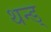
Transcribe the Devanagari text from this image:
थन्ड्